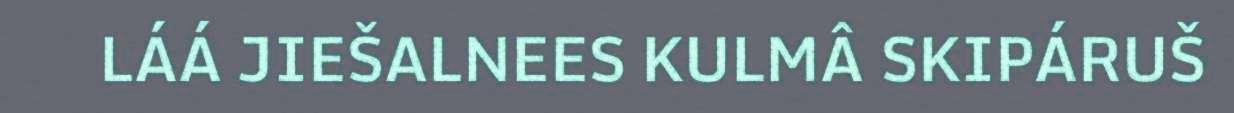
LÁÁ JIEŠALNEES KULMÂ SKIPÁRUŠ